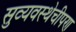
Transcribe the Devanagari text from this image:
सुव्यवस्थेचीपण